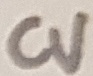
Text: CV